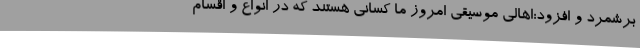
برشمرد و افزود:اهالی موسیقی امروز ما کسانی هستند که در انواع و اقسام